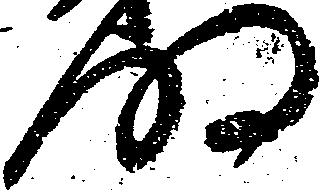
明